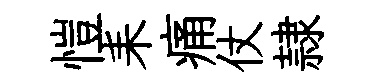
愷耒痛仗隷